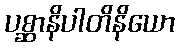
ပစ္ဆာနိပါတိနိယော